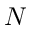
N